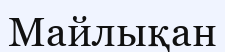
Майлықан